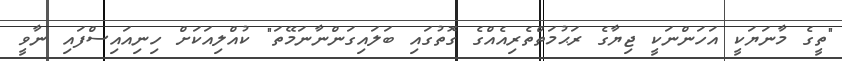
"ތީގެ މާނަޔަކީ އަހަންނަކީ ޖިޔާގެ ރަޙުމަތްތެރިއެއްގެ ގޮތުގައި ބަލައިގަންނާނަމޭތަ" ކުއްލިއަކަށް ހިނިއައިސްފައި ނާވީ